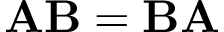
\mathbf { A } \mathbf { B } = \mathbf { B } \mathbf { A }